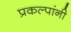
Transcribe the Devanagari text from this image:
प्रकल्पांनी